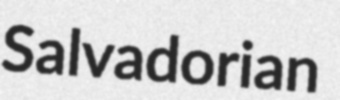
Salvadorian